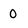
Character: O